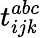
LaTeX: t_{ij\mathit{k}}^{abc}